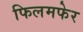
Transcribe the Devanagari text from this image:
फिलमफेर